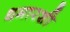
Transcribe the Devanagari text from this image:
धमारशी